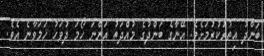
ބަންދު އިތުރުކުރުމަށެވެ. އޭނާގެ ބަންދުގެ މުއްދަތު އަންނަ ހޯމަ ދުވަހު ހަމަވާނެ އެެވެ.